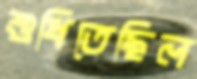
শুধিতেছিল